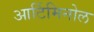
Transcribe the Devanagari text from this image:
आर्टिमिनोल